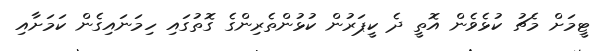
ޓީމަށް މެޗު ކުޅެވެން އޮތީ ދެ ކީޕަރުން ކުޅުންތެރިންގެ ގޮތުގައި ހިމަނައިގެން ކަމަށާއި